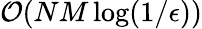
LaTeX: {\cal O}(NM\log(1/\epsilon))